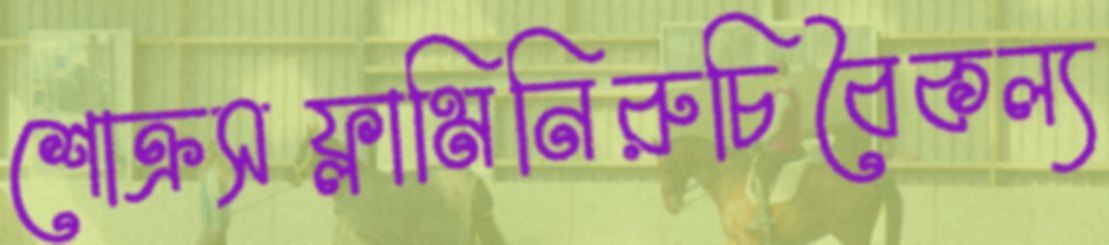
শোক্রসফ্লামিনিরুচিবৈকল্য